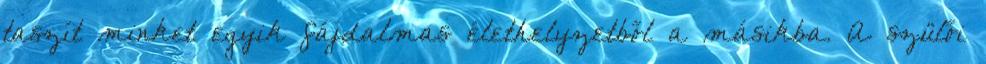
taszít minket egyik fájdalmas élethelyzetből a másikba. A szülői